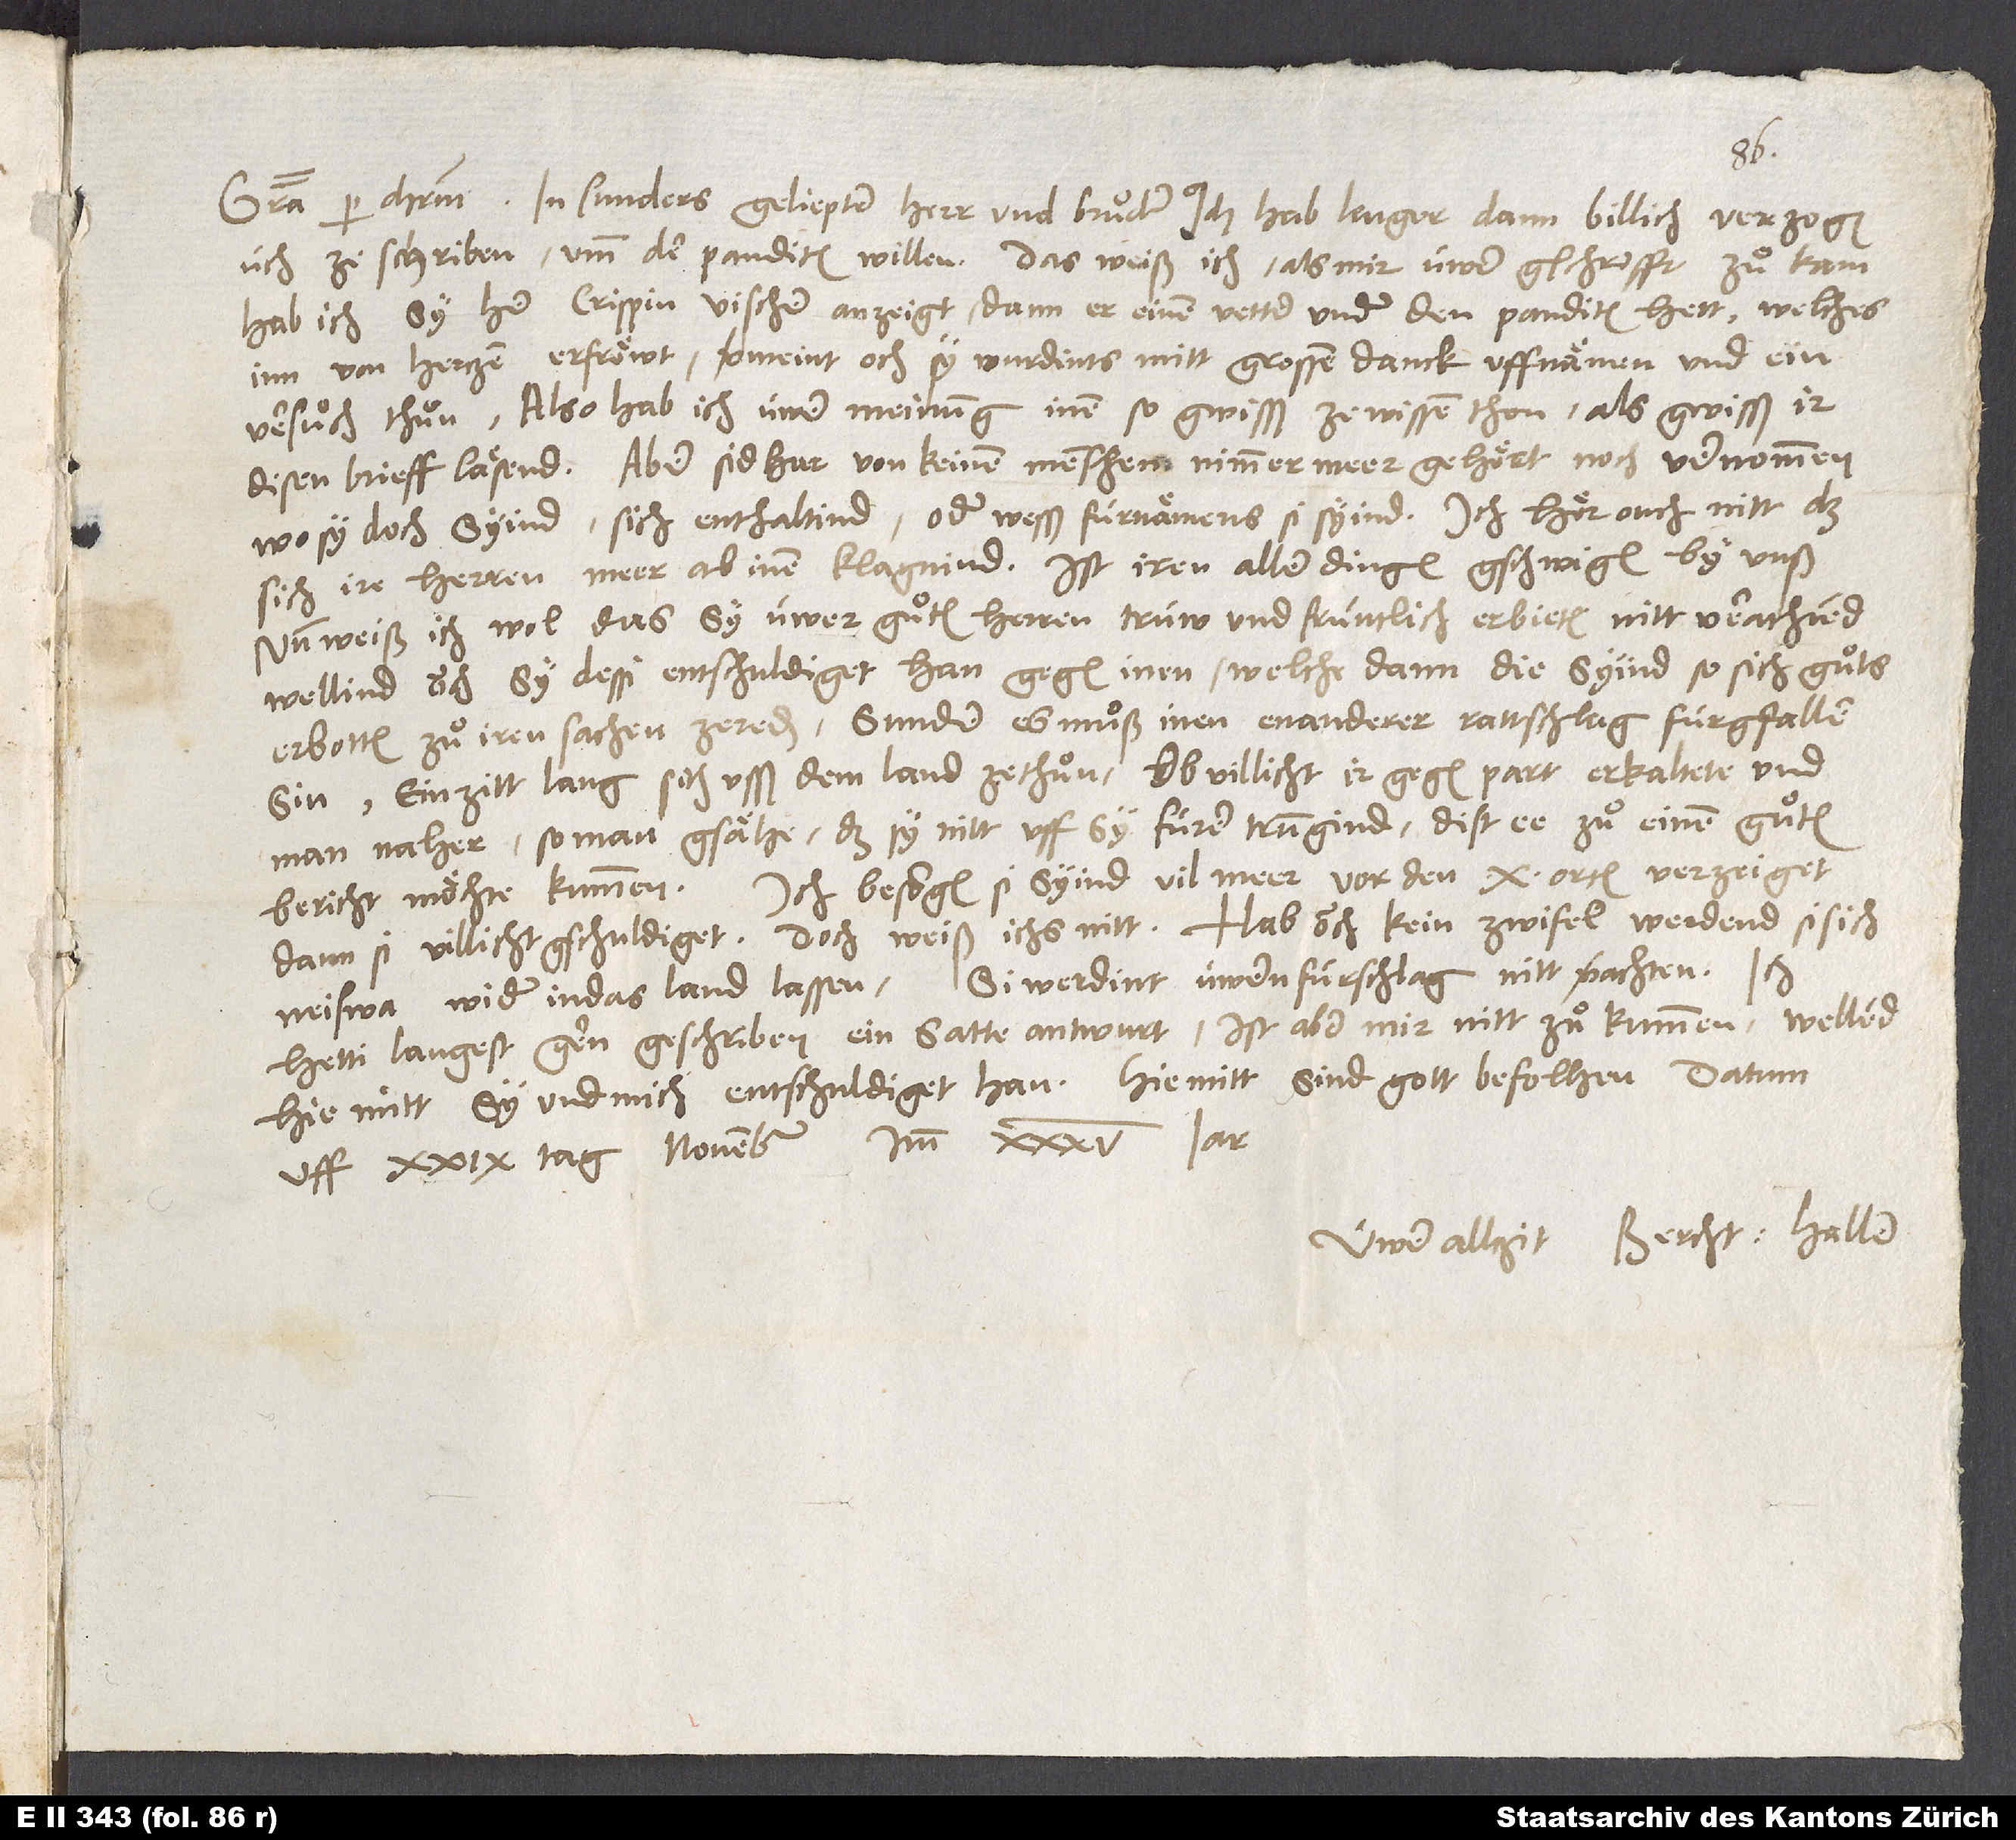
üch ze schriben umb der panditen willen. Das weiß ich: Als mir üwer gschrifft zuͦ kam,
hab ich sy her Crispin Vischer anzeigt - dann er einen vetter under den panditen hett -, welches
inn von herczen erfröwt, vermeint och, sy wurdints mitt grossem danck uffnämen und ein
versuͦch thuͦn. Also hab ich üwer meinung inen so gwisß ze wissen thon, als gwisß ir
disen brieff läsend, aber sidhar von keinem menschen nimmer meer gehört noch vernommen,
wo sy doch syind, sich enthaltind oder wesß fürnämens sy syind. Ich hör ouch nitt, daß
sich ire herren meer ab inen klagnind, ist iren aller dingen gschwigen by unß.
Nun weiß ich wol, das sy üwer guͦten herren trüw und früntlich erbieten nitt verachtend,
wellind ouch sy dessi entschuldiget han gegen inen, welche dann die syind, so sich guͦts
erbotten, zuͦ iren sachen zereden, sunder es muͦß inen enanderer rattschlag fürgfallen
sin, ein zitt lang sich uss dem land zethuͦn, ob villicht ir gegen part erkaltete und
man naher, so man gsähen, daß sy nitt uff sy fürer trungind, dist ee zuͦ einem guͦten
bericht möchte kummen. Ich besorgen, si syind vil meer vor den 10 orten verzeiget,
dann si villicht gschuldiget, doch weiß ichs nitt. Hab ouch kein zwifel, werdend si sich
neiswa wider in das land lassen, si werdint üwern fürschlag nitt verachten.
hetti langest gern geschriben ein satte antwurt, ist aber mir nitt zuͦ kummen, wellend
uff 29. tag novembris imm 35. jar.
Üwer allczit Bercht. Haller.